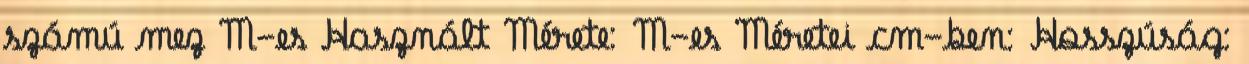
számú mez M-es Használt Mérete: M-es Méretei cm-ben: Hosszúság: